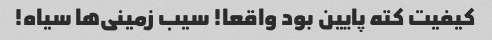
کیفیت کته پایین بود واقعا! سیب زمینی‌ها سیاه!